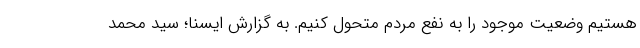
هستیم وضعیت موجود را به نفع مردم متحول کنیم. به گزارش ایسنا؛ سید محمد